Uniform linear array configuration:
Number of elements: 8
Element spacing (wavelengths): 1
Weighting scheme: hamming
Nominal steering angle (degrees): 15
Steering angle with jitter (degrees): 16.353
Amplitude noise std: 0.05
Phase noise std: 0.05

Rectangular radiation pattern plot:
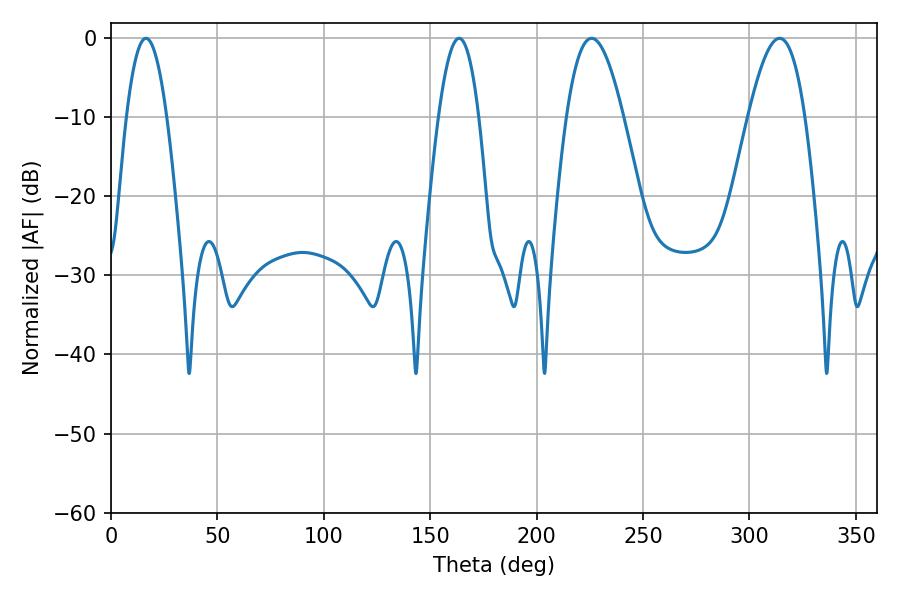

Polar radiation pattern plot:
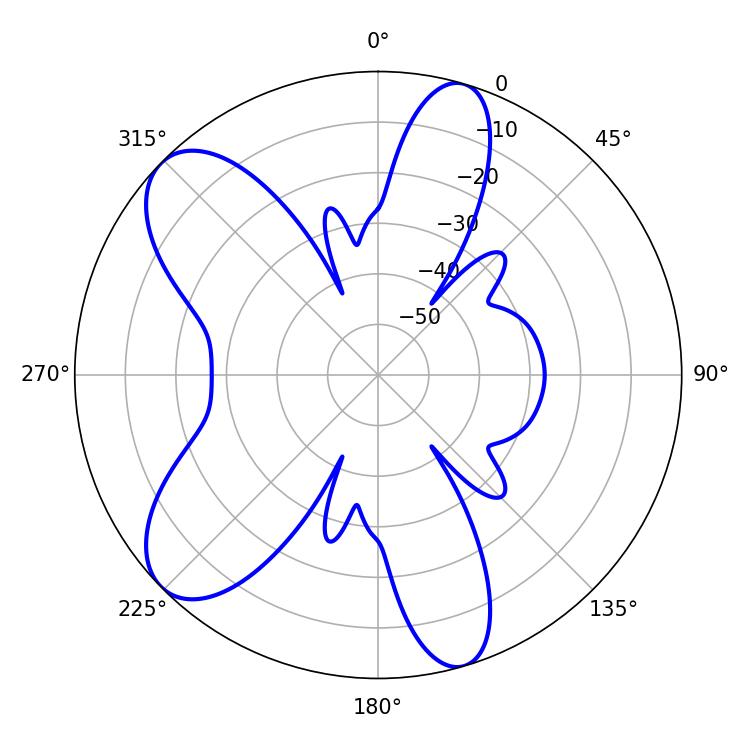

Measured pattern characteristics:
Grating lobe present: TRUE
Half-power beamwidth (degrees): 10.44
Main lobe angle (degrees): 16.38